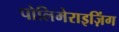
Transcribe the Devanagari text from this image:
पोलिमेराइज़िंग